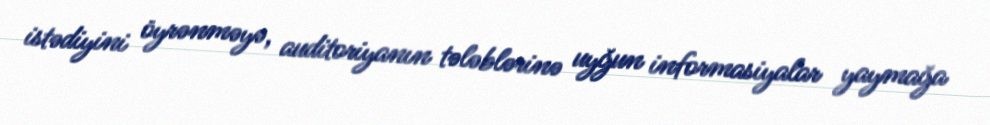
istədiyini öyrənməyə, auditoriyanın tələblərinə uyğun informasiyalar yaymağa